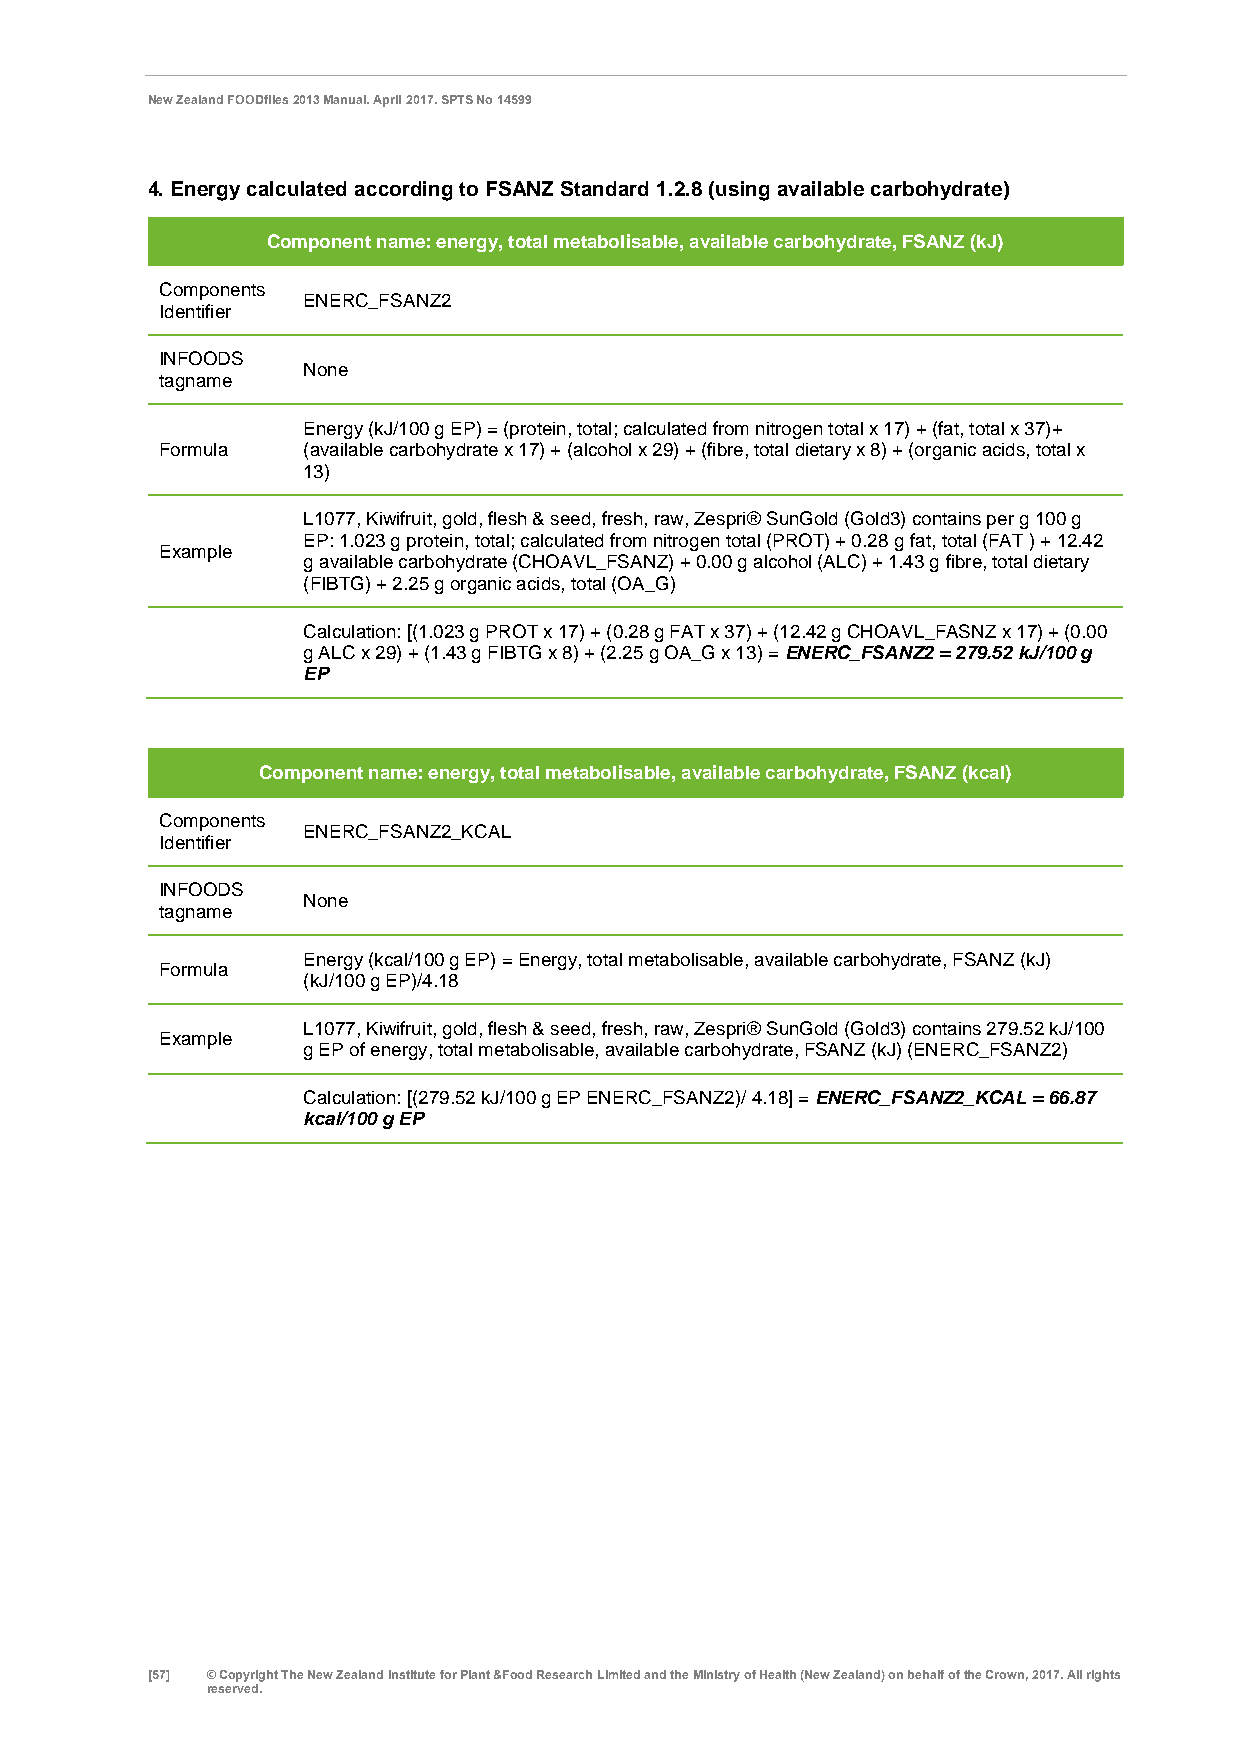
New Zealand FOODfiles 2013 Manual. April 2017. SPTS No 14599
 4. Energy calculated according to FSANZ Standard 1.2.8 (using available carbohydrate)
 Component name: energy, total metabolisable, available carbohydrate, FSANZ (kJ)
 Components
 ENERC_FSANZ2
 Identifier
 INFOODS
 None
 tagname
 Energy (kJ/100 g EP) = (protein, total; calculated from nitrogen total x 17) + (fat, total x 37)+
 Formula  (available carbohydrate x 17) + (alcohol x 29) + (fibre, total dietary x 8) + (organic acids, total x
 13)
 L1077, Kiwifruit, gold, flesh & seed, fresh, raw, Zespri® SunGold (Gold3) contains per g 100 g
 EP: 1.023 g protein, total; calculated from nitrogen total (PROT) + 0.28 g fat, total (FAT ) + 12.42
 Example
 g available carbohydrate (CHOAVL_FSANZ) + 0.00 g alcohol (ALC) + 1.43 g fibre, total dietary
 (FIBTG) + 2.25 g organic acids, total (OA_G)
 Calculation: [(1.023 g PROT x 17) + (0.28 g FAT x 37) + (12.42 g CHOAVL_FASNZ x 17) + (0.00
 g ALC x 29) + (1.43 g FIBTG x 8) + (2.25 g OA_G x 13) = ENERC_FSANZ2 = 279.52 kJ/100 g
 EP
 Component name: energy, total metabolisable, available carbohydrate, FSANZ (kcal)
 Components
 ENERC_FSANZ2_KCAL
 Identifier
 INFOODS
 None
 tagname
 Energy (kcal/100 g EP) = Energy, total metabolisable, available carbohydrate, FSANZ (kJ)
 Formula
 (kJ/100 g EP)/4.18
 L1077, Kiwifruit, gold, flesh & seed, fresh, raw, Zespri® SunGold (Gold3) contains 279.52 kJ/100
 Example
 g EP of energy, total metabolisable, available carbohydrate, FSANZ (kJ) (ENERC_FSANZ2)
 Calculation: [(279.52 kJ/100 g EP ENERC_FSANZ2)/ 4.18] = ENERC_FSANZ2_KCAL = 66.87
 kcal/100 g EP
 [57] © Copyright The New Zealand Institute for Plant &Food Research Limited and the Ministry of Health (New Zealand) on behalf of the Crown, 2017. All rights
 reserved.